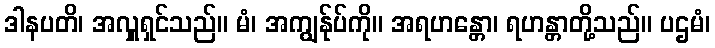
ဒါနပတိ၊ အလှူရှင်သည်။ မံ၊ အကျွန်ုပ်ကို။ အရဟန္တော၊ ရဟန္တာတို့သည်။ ပဌမံ၊